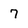
Character: 7